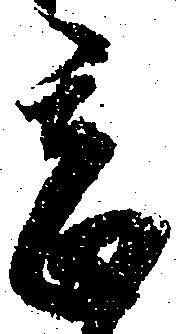
甚